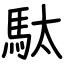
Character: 駄